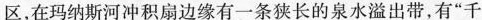
区，在玛纳斯河冲积扇边缘有一条狭长的泉水溢出带，有”千